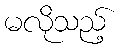
မလိုသည့်